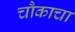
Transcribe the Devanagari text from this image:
चौकाचा